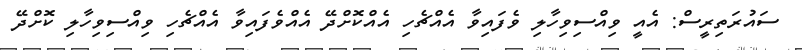
ސައުރަތިރީސް: އެއީ ވިއްސިވިހާލި ވެފައިވާ އެއްޗެހި އެއްކޮށްދޭ އެއްވެފައިވާ އެއްޗެހި ވިއްސިވިހާލި ކޮށްދޭ